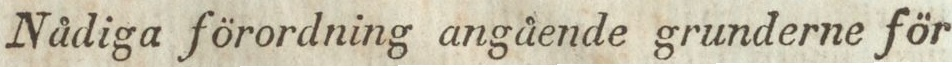
Nådiga förordning angående grunderne för